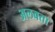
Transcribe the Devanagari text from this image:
अलवत्ता